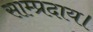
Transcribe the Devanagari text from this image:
साम्प्रदाय।